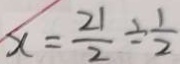
x = \frac { 2 1 } { 2 } \div \frac { 1 } { 2 }